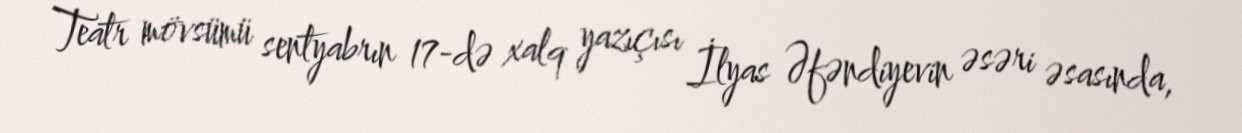
Teatr mövsümü sentyabrın 17-də xalq yazıçısı İlyas Əfəndiyevin əsəri əsasında,